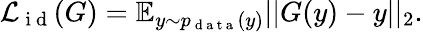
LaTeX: \begin{array}{r}{\mathcal{L}_{\mathrm{~i~d~}}(G)=\mathbb{E}_{y\sim p_{\mathrm{~d~a~t~a~}}(y)}||G(y)-y||_{2}.}\end{array}